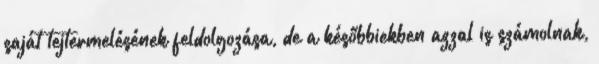
saját tejtermelésének feldolgozása, de a későbbiekben azzal is számolnak,